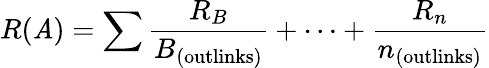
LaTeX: R(\mathit{A})=\sum{\frac{{R_{B}}}{{B_{\mathrm{{(outlinks)}}}}}}+\cdots+{\frac{{R_{n}}}{{n_{\mathrm{{(outlinks)}}}}}}